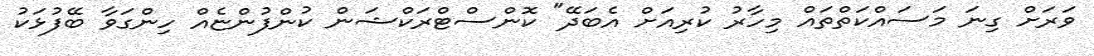
ވަރަށް ގިނަ މަސައްކަތްތައް މިހާރު ކުރިއަށް އެބަދޭ" ކޮންސްޓްރަކްޝަން ކުންފުންޏެއް ހިންގަވާ ބޭފުޅަކު